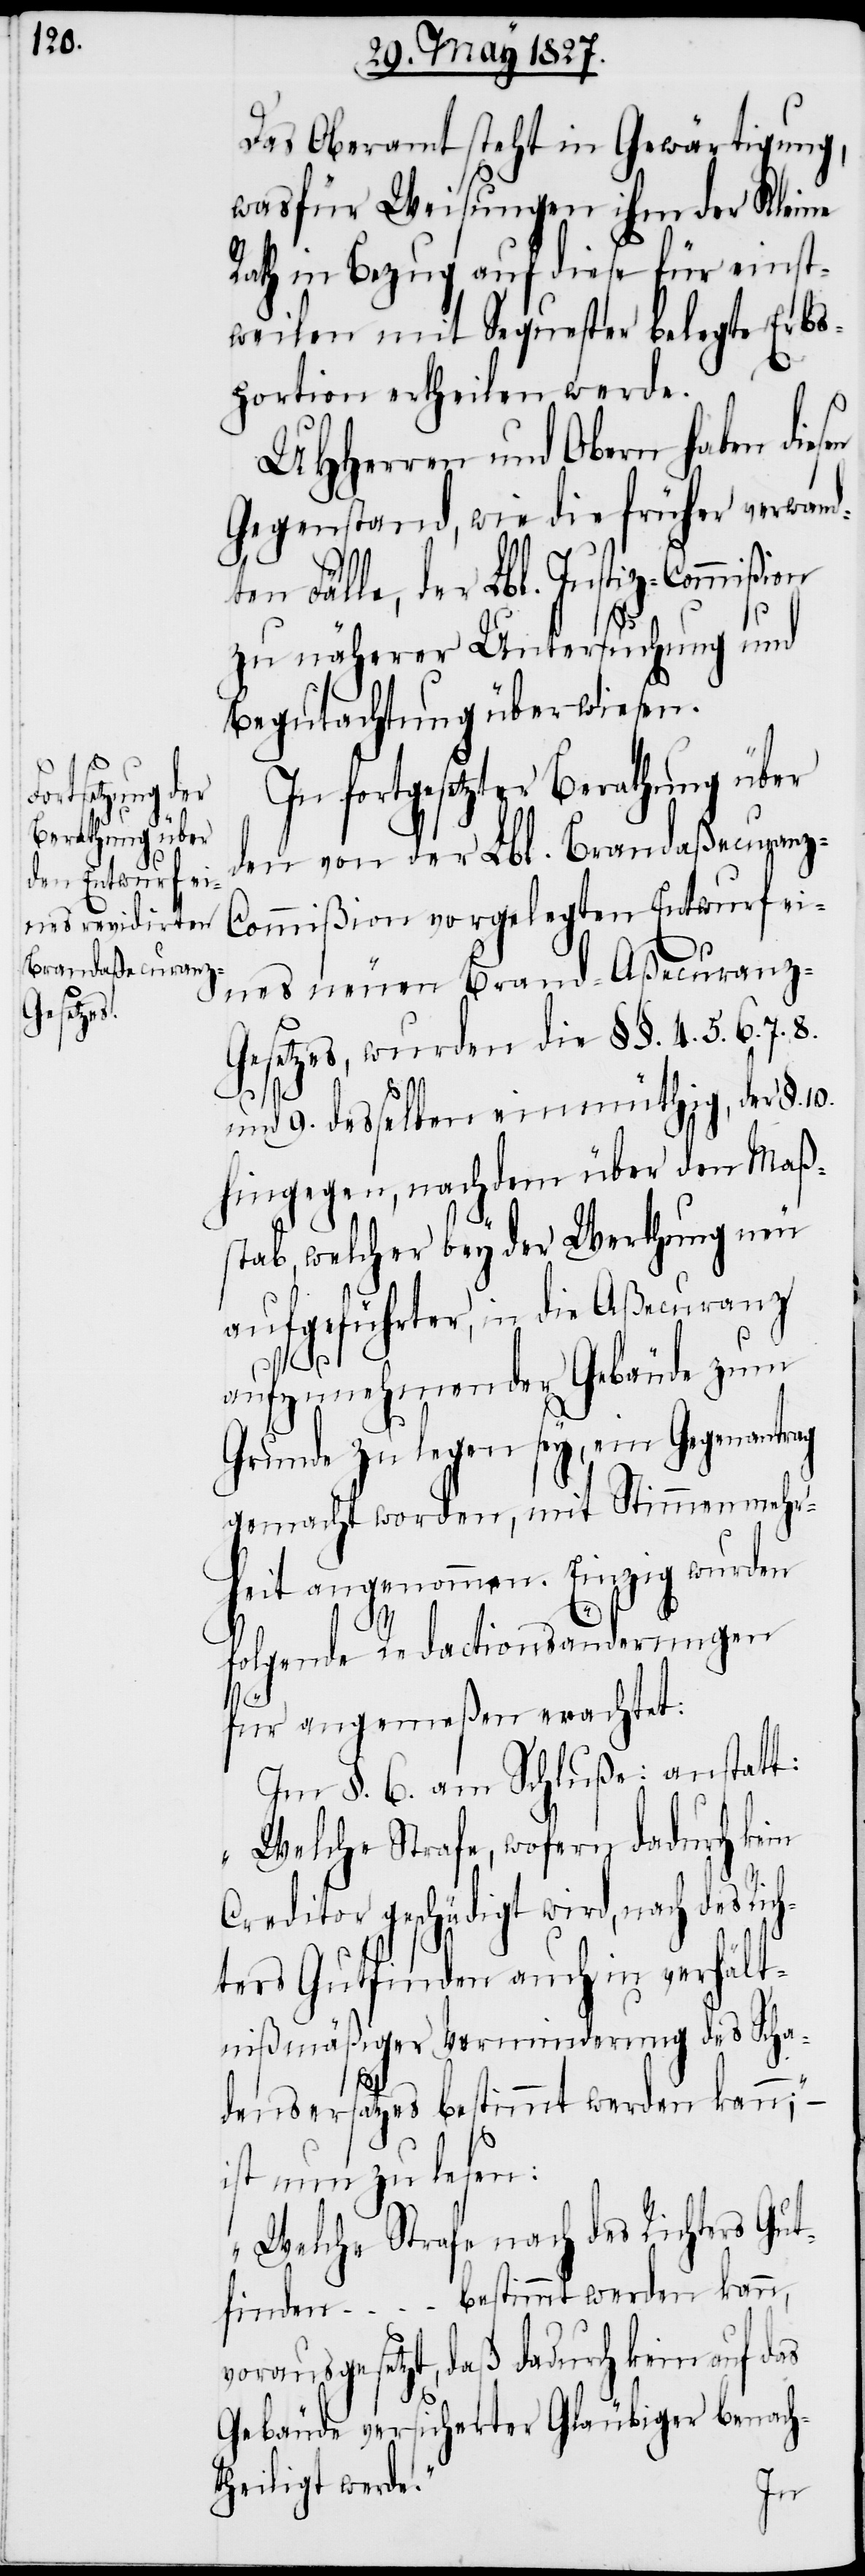
Das Oberamt steht in Gewärtigung,
was für Weisungen ihm der Kleine
Rath in Bezug auf diese für einst¬
weilen mit Sequester belegte Erbs¬
portion ertheilen werde.
UHHerren und Obern haben di¬
Gegenstand, wie die früher verwand¬
ten Fälle, der Lbl. Justiz-Commißion
zu näherer Untersuchung und
Begutachtung überwiesen.
In fortgesetzter Berathung über
den von der Lbl. Brandaßecuran¬
z-Commißion vorgelegten Entwurf ei¬
nes neuen Brand-Aßecuranz-G¬
esetzes, wurden die §§. 4. 5. 6. 7.
und 9. desselben einmüthig, der §.
hingegen, nachdem über den Maß¬
stab, welcher bey der Werthung neu
aufgeführter, in die Aßecuranz
aufzunehmender Gebäude zum
Grunde zu legen sey, ein Gegenantrag
gemacht worden, mit Stimmenmehr¬
heit angenommen. Einzig wurden
10.
folgende Redactionsänderungen
für angemeßen erachtet:
Im §. 6. am Schluße: anstatt:
„Welche Strafe, wofern dadurch kein
Creditor geschädigt wird, nach des Ric¬
hters Gutfinden auch in verhält¬
nißmäßiger Verminderung des Scha¬
densersatzes bestimmt werden kann;“ –
ist nun zu lesen:
„Welche Strafe nach des Richters Gut¬
finden ... bestimmt werden kann,
vorausgesetzt, daß dadurch kein auf das
Gebäude versicherter Gläubiger benach¬
theiligt werde.“
esen